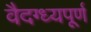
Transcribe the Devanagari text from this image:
वैदग्ध्यपूर्ण